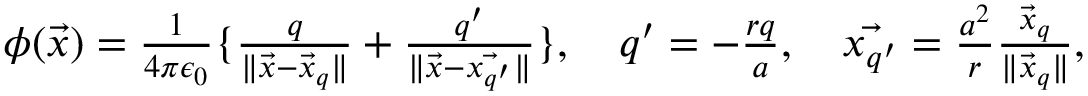
\begin{array} { r } { \phi ( \vec { x } ) = \frac { 1 } { 4 \pi \epsilon _ { 0 } } \{ \frac { q } { \| \vec { x } - \vec { x } _ { q } \| } + \frac { q ^ { \prime } } { \| \vec { x } - \vec { x _ { q ^ { \prime } } } \| } \} , \quad q ^ { \prime } = - \frac { r q } { a } , \quad \vec { x _ { q ^ { \prime } } } = \frac { a ^ { 2 } } { r } \frac { \vec { x } _ { q } } { \| \vec { x } _ { q } \| } , } \end{array}